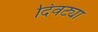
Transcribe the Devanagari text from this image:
दिवट्या